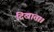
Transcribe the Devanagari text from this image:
दिखाता।